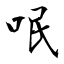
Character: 呡